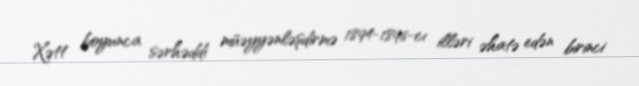
Xətt boyunca sərhəddi müəyyənləşdirmə 1894-1896-cı illəri əhatə edən birinci